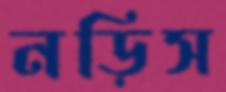
নড়িস